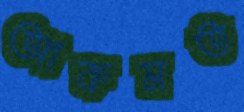
আকমত